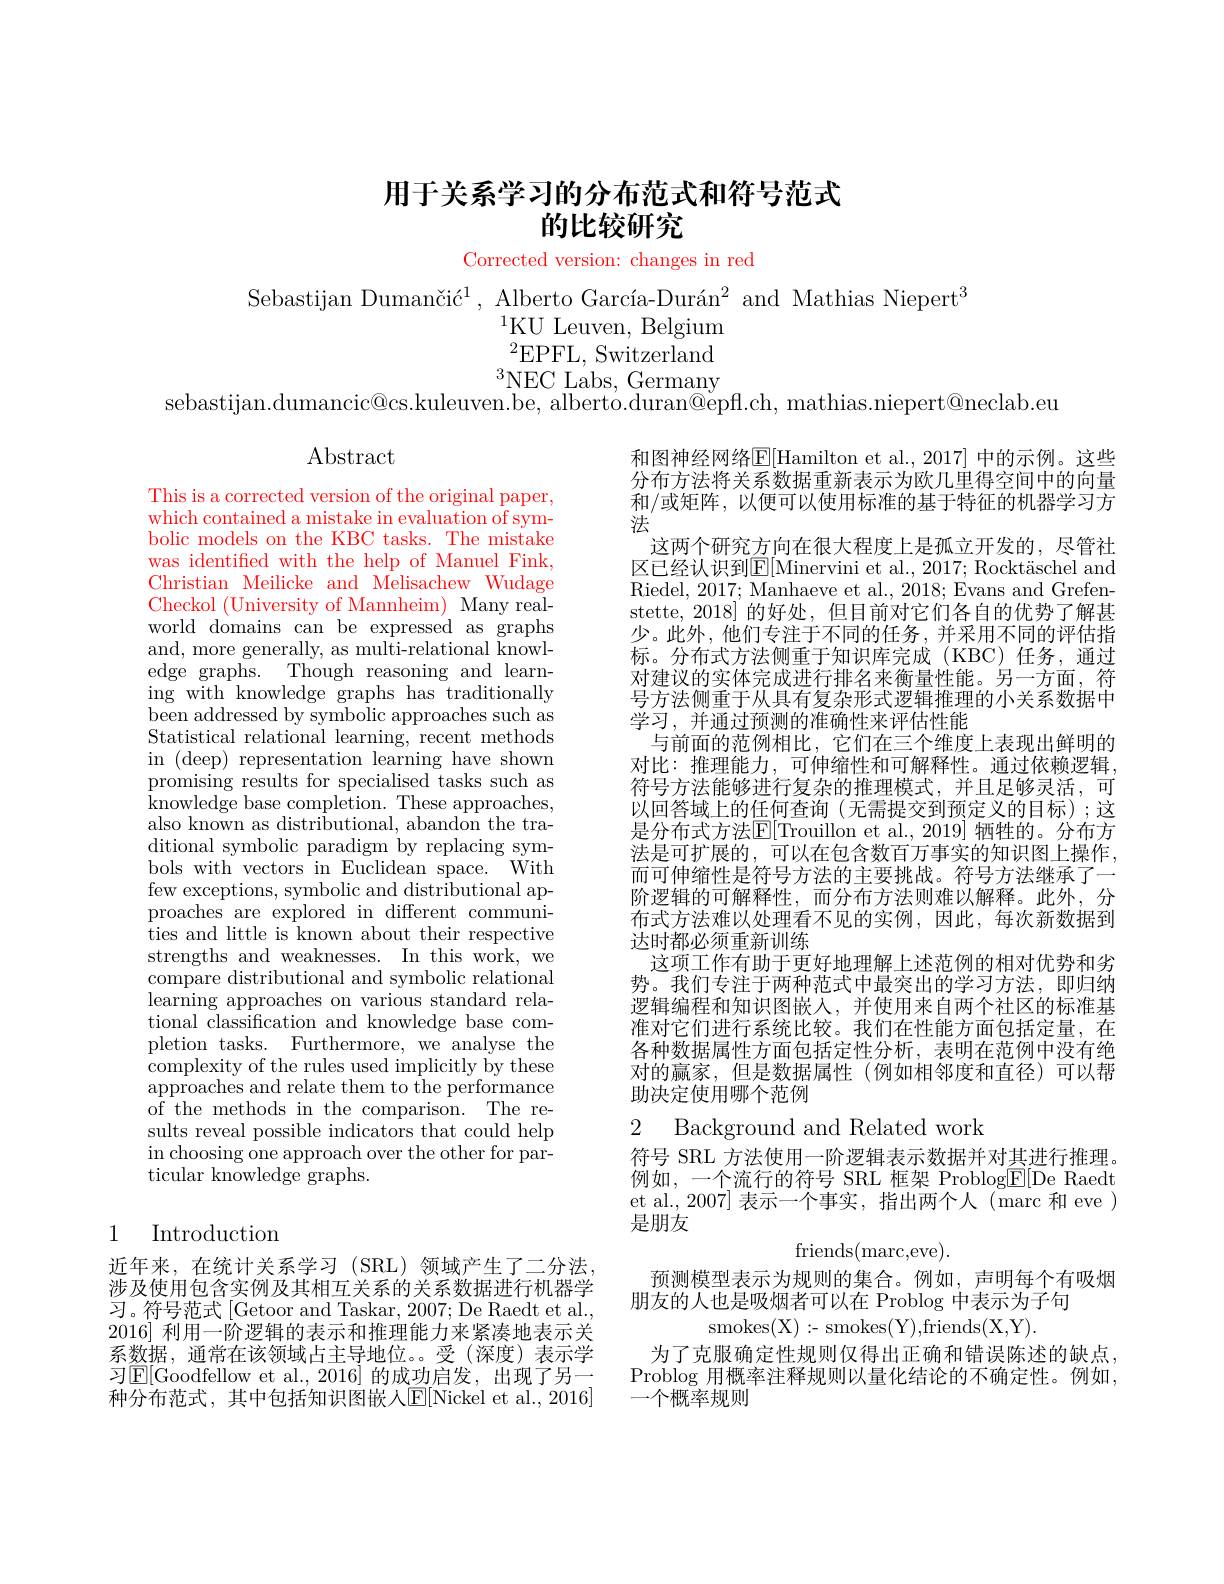
# 用于关系学习的分布范式和符号范式的比较研究

Corrected version: changes in red

Sebastijan Dumančić$^1,\text{Alberto García-Durán}^{2}$ and Mathias Niepert$^3$
$^{1}$KU Leuven, Belgium $^{2}$EPFL, Switzerland $^{3}\underset{\mathrm{d}}{\operatorname*{NEC}}\overset{(2)}{\operatorname*{\operatorname*{Labs}}},\underset{\mathrm{d}}{\operatorname*{Germany}}$
sebastijan.dumancic@cs.kuleuven.be, albertó.duran@epfl.ch, mathias.niepert@neclab.eu

$\operatorname{Abstract}$

和图神经网络E[ Hamilton et al. , 2017] 中的示例。这些分布方法将关系数据重新表示为欧几里得空间中的向量和/或矩阵，以便可以使用标准的基于特征的机器学习方法
这两个研究方向在很大程度上是孤立开发的，尽管社区已经认识到E[Minervini et al., 2017; Rocktäschel and Riedel, 2017; Manhaeve et al., 2018; Evans and Grefenstette, 2018] 的好处，但目前对它们各自的优势了解甚少。此外，他们专注于不同的任务，并采用不同的评估指标。分布式方法侧重于知识库完成(KBC)任务，通过对建议的实体完成进行排名来衡量性能。另一方面，符号方法侧重于从具有复杂形式逻辑推理的小关系数据中学习，并通过预测的准确性来评估性能
与前面的范例相比，它们在三个维度上表现出鲜明的对比：推理能力，可伸缩性和可解释性。通过依赖逻辑， 符号方法能够进行复杂的推理模式，并且足够灵活，可以回答域上的任何查询(无需提交到预定义的目标);这是分布式方法$\mathbb{E}[$Trouillon et al.,2019] 牺牲的。分布方法是可扩展的，可以在包含数百万事实的知识图上操作， 而可伸缩性是符号方法的主要挑战。符号方法继承了一阶逻辑的可解释性，而分布方法则难以解释。此外，分布式方法难以处理看不见的实例，因此，每次新数据到达时都必须重新训练
这项工作有助于更好地理解上述范例的相对优势和劣势。我们专注于两种范式中最突出的学习方法，即归纳逻辑编程和知识图嵌入，并使用来自两个社区的标准基准对它们进行系统比较。我们在性能方面包括定量，在各种数据属性方面包括定性分析，表明在范例中没有绝对的赢家，但是数据属性(例如相邻度和直径)可以帮助决定使用哪个范例

This is a corrected version of the original paper, which contained a mistake in evaluation of symbolic models on the KBC tasks. The mistake was identified with the help of Manuel Fink, Christian Meilicke and Melisachew Wudage Checkol (University of Mannheim) Many realworld domains can be expressed as graphs and, more generally, as multi-relational knowledge graphs. Though reasoning and learning with knowledge graphs has traditionally been addressed by symbolic approaches such as Statistical relational learning, recent methods in (deep) representation learning have shown promising results for specialised tasks such as knowledge base completion. These approaches, also known as distributional, abandon the traditional symbolic paradigm by replacing symbols with vectors in Euclidean space. With few exceptions, symbolic and distributional approaches are explored in different communi- ${\mathrm{ties~and~little~is~known~about~their~respective}}$ strengths and weaknesses. In this work, we compare distributional and symbolic relational learning approaches on various standard relational classification and knowledge base completion tasks. Furthermore, we analyse the complexity of the rules used implicitly by these approaches and relate them to the performance of the methods in the comparison. The results reveal possible indicators that could help in choosing one approach over the other for par- ticular knowledge graphs.

2 Background and Related work

符号 SRL 方法使用一阶逻辑表示数据并对其进行推理。例如，一个流行的符号 SRL 框架 Problog$\underline{\mathrm{E}}[$De Raedt et al., 2007] 表示一个事实，指出两个人(marc 和 eve ) 是朋友

## 1 Introduction
$$\text{friends(marc,eve).}$$
预测模型表示为规则的集合。例如，声明每个有吸烟
朋友的人也是吸烟者可以在 Problog 中表示为子句
smokes( X) :- smokes(Y),friends(X,Y).

近年来，在统计关系学习(SRL)领域产生了二分法， 涉及使用包含实例及其相互关系的关系数据进行机器学习。符号范式[Getoor and Taskar, 2007; De Raedt et al., 2016]利用一阶逻辑的表示和推理能力来紧凑地表示关系数据，通常在该领域占主导地位。受(深度)表示学习$\operatorname{E}[$Goodfellow et al.,2016]的成功启发，出现了另一种分布范式，其中包括知识图嵌人E[Nickel et al., 2016]

为了克服确定性规则仅得出正确和错误陈述的缺点， Problog 用概率注释规则以量化结论的不确定性。例如， 一个概率规则